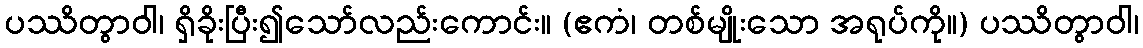
ပဿိတွာဝါ၊ ရှိခိုးပြီး၍သော်လည်းကောင်း။ (ဧကံ၊ တစ်မျိုးသော အရုပ်ကို။) ပဿိတွာဝါ၊